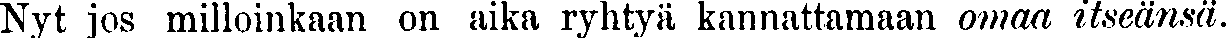
Nyt jos milloinkaan on aika ryhtyä kannattamaan omaa itseänsä.